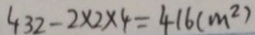
4 3 2 - 2 \times 2 \times 4 = 4 1 6 ( m ^ { 2 } )